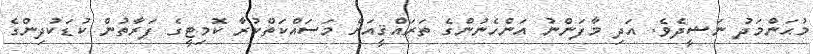
މުޙަންމަދު ނަޝީދެވެ. އަދި މާފަންނު އަންހެނުންގެ ތަރައްޤީއަށް މަސައްކަތްކުރާ ކޮމިޓީގެ ފަރާތުން ކުޑަކުދިންގެ